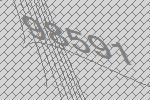
98591